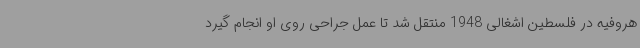
هروفیه در فلسطین اشغالی 1948 منتقل شد تا عمل جراحی روی او انجام گیرد